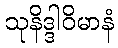
သုနိဒ္ဒါဝိမာနံ